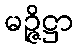
မဉ္ဇိဋ္ဌာ